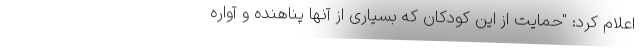
اعلام کرد: "حمایت از این کودکان که بسیاری از آنها پناهنده و آواره